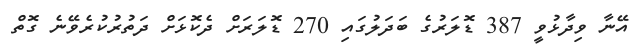
އޭނާ ވިދާޅުވީ 387 ޑޮލަރުގެ ބަދަލުގައި 270 ޑޮލަރަށް ދެކޮޅަށް ދަތުރުކުރެވޭނެ ގޮތް